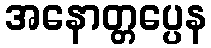
အနောတ္တပ္ပေန